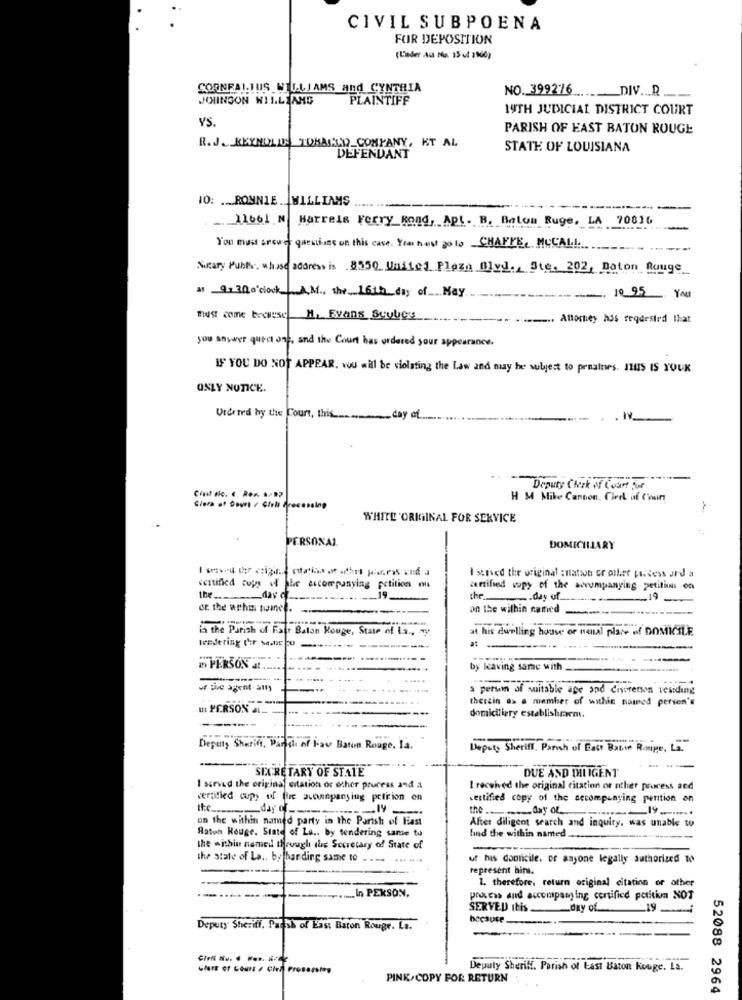
CIVIL SUBPOENA
FOR DEPOSITION
(Lader Aa Nu. 15 ut 1960)
COONFALLUS WILLIAMS And CYNTHIA
JHINGON WILLIAMS
PLAINTIFF
NO.399276 ....__ DIV ... R ___.
19TH JUDICIAL DISTRICT COURT
YS
PARISH OF EAST BATON ROUGE
R. J.REYNOLDS TOHAALD_COMPANY, KT AL
STATE OF LOUISIANA
DEFENDANT
10: ... RONNIE .. WILLIAMS
Harrels Ferry_gond, Apt. B. Bolum Ruge, LA 70016
You must areone questions of this case. You must go to CHAFFE MCCALL
Notary Public, whose address is 8550 United Plaza Blvd ., Ste. 202, Baton Rouge
31 9: 30 o'clock AM ., the 16th day of May
-
10 95 You
must come because H. Evans Sculgy
.-.. Attorney has requested that
you anywer quect one, and the Court has ordered your appearance.
IF YOU DO NOT APPEAR. You will be violating the Law and may be sulyjest to penalnes. Hus IS YOUK
ONLY NUTICE.
Urdeted by the Court, this
day of ...............
Deputy Clerk of Court for
H M Mibe Cannon, Cirel af Coun
WHITL'ORIGINAL FOR SERVICE
PERSONAL
DOMICILIARY
Issaved the original :nation or other paidess ard a
certified copy of the accompanying petition
certified copy of the accompanying petitin on
the
_day of
the
.day of_
19-
de the wphis tine ..
on the wilhin camed
-
in the Parish of Falt Baton Rouge, State of La ., 4y
at his dwelling house or nenal place of DOMICILE
Iredeting thor sache pu
--..
-----
2 PERSON A ....
by leaving sare with
u live agent-amy
a person of suitable ape and ciserenson residing
therein a> a member of within named person's
HI PERSON Al _. -
domiciliery establishremi.
Deputy Sherif, Paroch of Fair Baton Rouge, la.
Deputy Sheriff, Parish of East Batie Rompe, La."
--
SECRETARY OF STATE
DUE AND DILIGENT
I served the original citation or other process and a
I received the original citation or other press and
certified copy of fue scannpansing peticion on
certifies copy of the secompanying petition an
the
--
the ........ day of ......... .........
on the within named party in the Parish of Fast
Ratun Rouge. State of La .. by tendering same to
After diligent search and inquiry, was unable to
find the within named.
the within named through the Secretary of State of
-
the state of La .. by harding same to.
ut his domicile. or anyone legally authorized to
represent bins.
1. therefore, return original citation or other
.. In PERSON,
process and accompanying certified porition NOT
SERVED itis __ day of
_19
because
Deputy Sheriff. Parish of East Baton Rouge. La.
Deputy Sheriff. Parish of Last Baton Rouge. Is.
PINK. COPY FOR RETURN
52088 2964